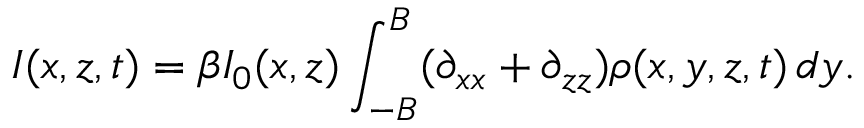
I ( x , z , t ) = \beta I _ { 0 } ( x , z ) \int _ { - B } ^ { B } ( \partial _ { x x } + \partial _ { z z } ) \rho ( x , y , z , t ) \, d y .